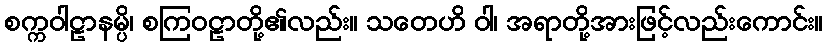
စက္ကဝါဠာနမ္ပိ၊ စကြဝဠာတို့၏လည်း။ သတေဟိ ဝါ၊ အရာတို့အားဖြင့်လည်းကောင်း။